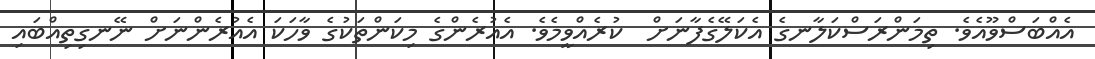
އެއްބަސްވޫއެވެ. ތިމަންރަސްކަލާނގެ އެކަލޭގެފާނަށް  ކުރެއްވީމެވެ. އެއުރެންގެ މިކަންތަކުގެ ވާހަކަ އެއުރެންނަށް ނޭނގިތިއްބައި